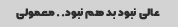
عالی نبود بد هم نبود.. معمولی